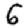
Digit: 6